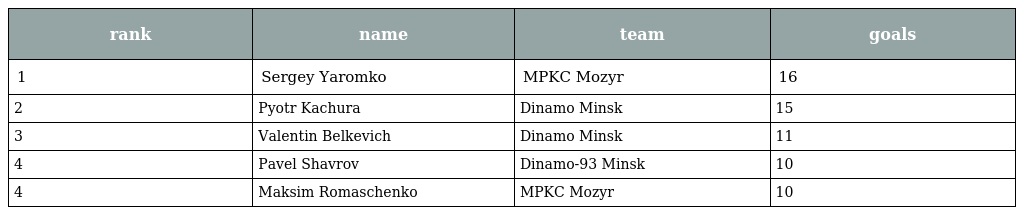
| rank | name | team | goals |
 | --- | --- | --- | --- |
 | 1 | Sergey Yaromko | MPKC Mozyr | 16 |
 | 2 | Pyotr Kachura | Dinamo Minsk | 15 |
 | 3 | Valentin Belkevich | Dinamo Minsk | 11 |
 | 4 | Pavel Shavrov | Dinamo-93 Minsk | 10 |
 | 4 | Maksim Romaschenko | MPKC Mozyr | 10 |